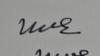
Signature authenticity: genuine